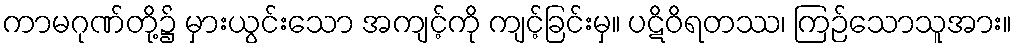
ကာမဂုဏ်တို့၌ မှားယွင်းသော အကျင့်ကို ကျင့်ခြင်းမှ။ ပဋိဝိရတဿ၊ ကြဉ်သောသူအား။